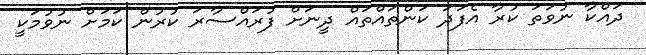
ދައްކާ ނުވަތަ ކުރާ އެފަދަ ކަންތައްތައް ދީނަށް ފުރައްސާރަ ކުރުން ކަމަށް ނުވުމަކީ